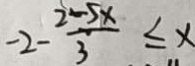
- 2 - \frac { 2 - 5 x } { 3 } \leq x